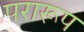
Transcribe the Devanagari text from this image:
परारूप